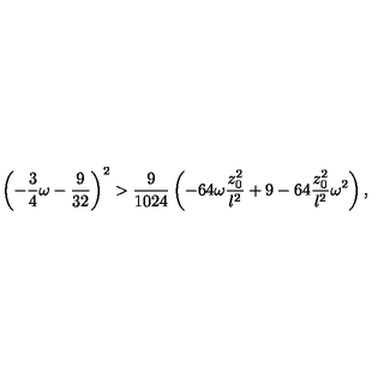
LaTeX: \left( - { \frac { 3 } { 4 } } \omega - { \frac { 9 } { 3 2 } } \right) ^ { 2 } > { \frac { 9 } { 1 0 2 4 } } \left( - 6 4 \omega { \frac { z _ { 0 } ^ { 2 } } { l ^ { 2 } } } + 9 - 6 4 { \frac { z _ { 0 } ^ { 2 } } { l ^ { 2 } } } \omega ^ { 2 } \right) ,